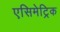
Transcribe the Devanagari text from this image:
एसिमेट्रिक